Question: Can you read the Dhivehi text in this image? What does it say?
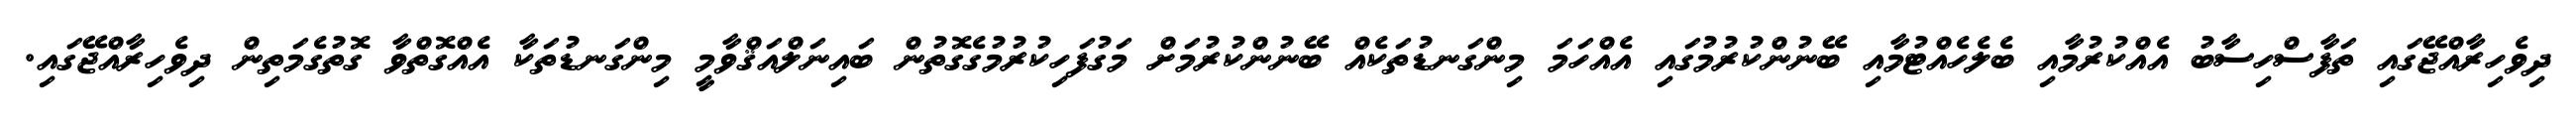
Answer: ދިވެހިރާއްޖޭގައި ތަފާސްހިސާބު އެއްކުރުމާއި ބެލެހެއްޓުމާއި ބޭނުންކުރުމުގައި އެއްހަމަ މިންގަނޑުތަކެއް ބޭނުންކުރުމަށް މަގުފަހިކުރުމުގެގޮތުން ބައިނަލްއަޤްވާމީ މިންގަނޑުތަކާ އެއްގޮތްވާ ގޮތުގެމަތިން ދިވެހިރާއްޖޭގައި.